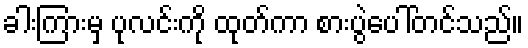
ခါးကြားမှ ပုလင်းကို ထုတ်ကာ စားပွဲပေါ်တင်သည်။